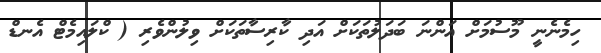
ހިމެނެނީ މޫސުމަށް އަންނަ ބަދަލުތަކަށް އަދި ކާރިސާތަކަށް ވިލުންވެރި ( ކްލައިމެޓް އެނޑް